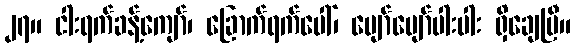
၂၇။ ငါးရက်ခန့်ကျော်၊ ခြောက်ရက်ပေါ်၊ ပျော်ပျော်ပါးပါး ရှိချေပြီ။